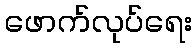
ဖောက်လုပ်ရေး